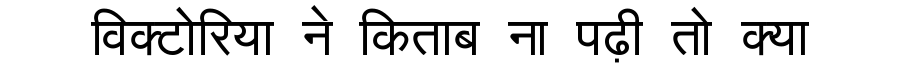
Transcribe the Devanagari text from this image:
विक्टोरिया ने किताब ना पढ़ी तो क्या